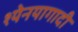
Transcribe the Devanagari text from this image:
श्येनयागादी